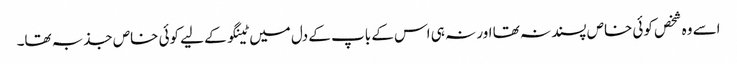
اسے وہ شخص کوئی خاص پسند نہ تھا اور نہ ہی اس کے باپ کے دل میں ٹینگو کے لیے کوئی خاص جذبہ تھا۔